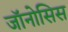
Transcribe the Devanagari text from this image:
जॉनोसिस